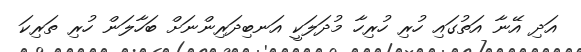
އަދި އޭނާ އަތުގައި ހުރި ހުރިހާ މުދަލަކީ އަނބިދަރިންނަށް ބަހާލަން ހުރި ތަރިކަ